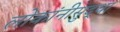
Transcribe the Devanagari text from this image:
लोकांनीसुद्धा